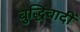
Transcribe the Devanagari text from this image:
बुद्धिवादीं